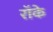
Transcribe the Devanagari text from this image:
रॉके